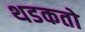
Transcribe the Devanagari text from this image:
थडकतो